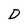
Character: D